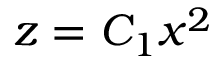
z = C _ { 1 } x ^ { 2 }